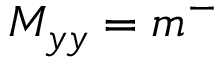
M _ { y y } = m ^ { - }